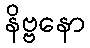
နိဗ္ဗနော